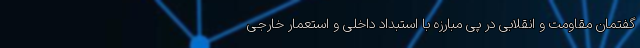
گفتمان مقاومت و انقلابی در پی مبارزه با استبداد داخلی و استعمار خارجی